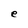
Character: e